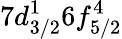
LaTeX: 7d_{3/2}^{1}6f_{5/2}^{4}